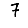
Digit: 7